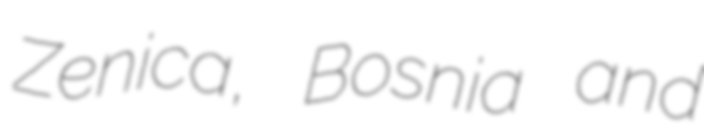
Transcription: Zenica, Bosnia and